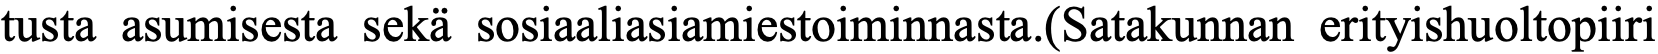
tusta asumisesta sekä sosiaaliasiamiestoiminnasta.(Satakunnan erityishuoltopiiri